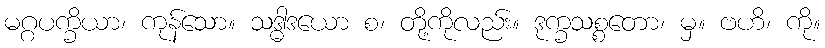
မဂ္ဂပက္ခိယာ၊ ကုန်သော။ သဒ္ဓါဒယော စ၊ တို့ကိုလည်း။ ဒုက္ခသစ္စတော၊ မှ။ ဗဟိ၊ ကို။